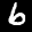
Label: 6